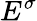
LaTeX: E^{\sigma}